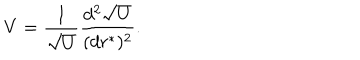
V = { \frac { 1 } { \sqrt { U } } } { \frac { d ^ { 2 } \sqrt { U } } { ( d r ^ { * } ) ^ { 2 } } } .